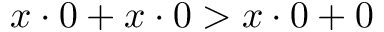
x \cdot 0 + x \cdot 0 > x \cdot 0 + 0